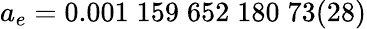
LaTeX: a_{e}=0.001\; 159\; 652\; 180\; 73(28)